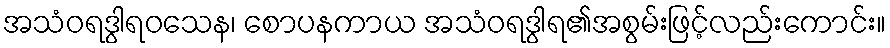
အသံဝရဒွါရဝသေန၊ စောပနကာယ အသံဝရဒွါရ၏အစွမ်းဖြင့်လည်းကောင်း။